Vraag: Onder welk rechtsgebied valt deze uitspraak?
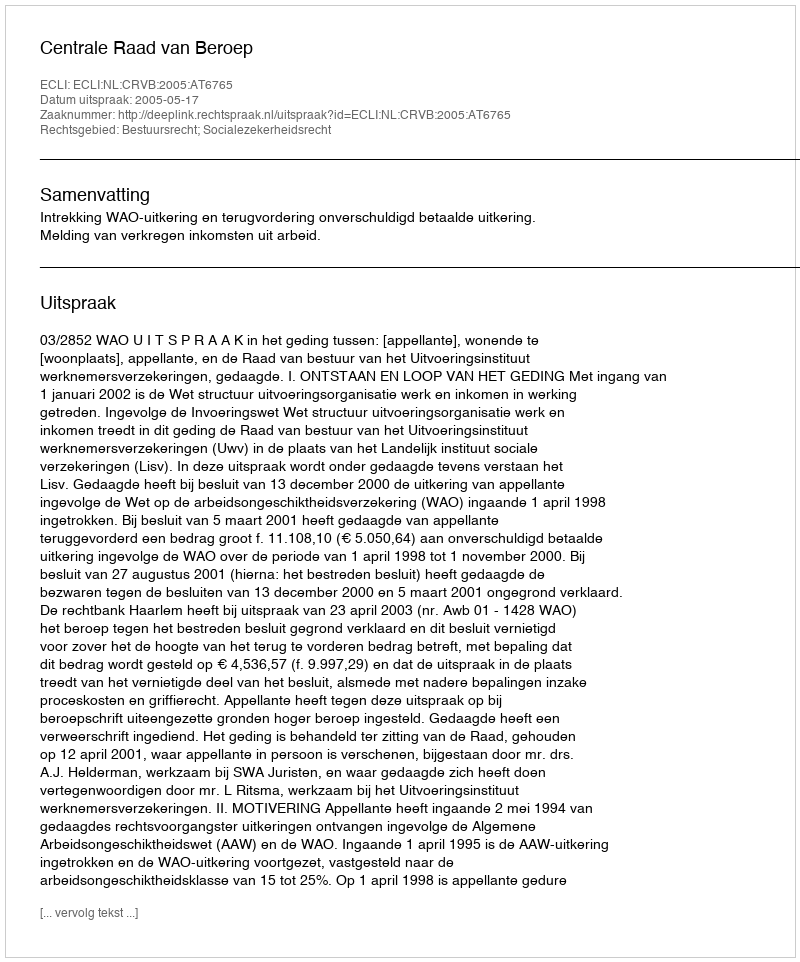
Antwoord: Bestuursrecht; Socialezekerheidsrecht